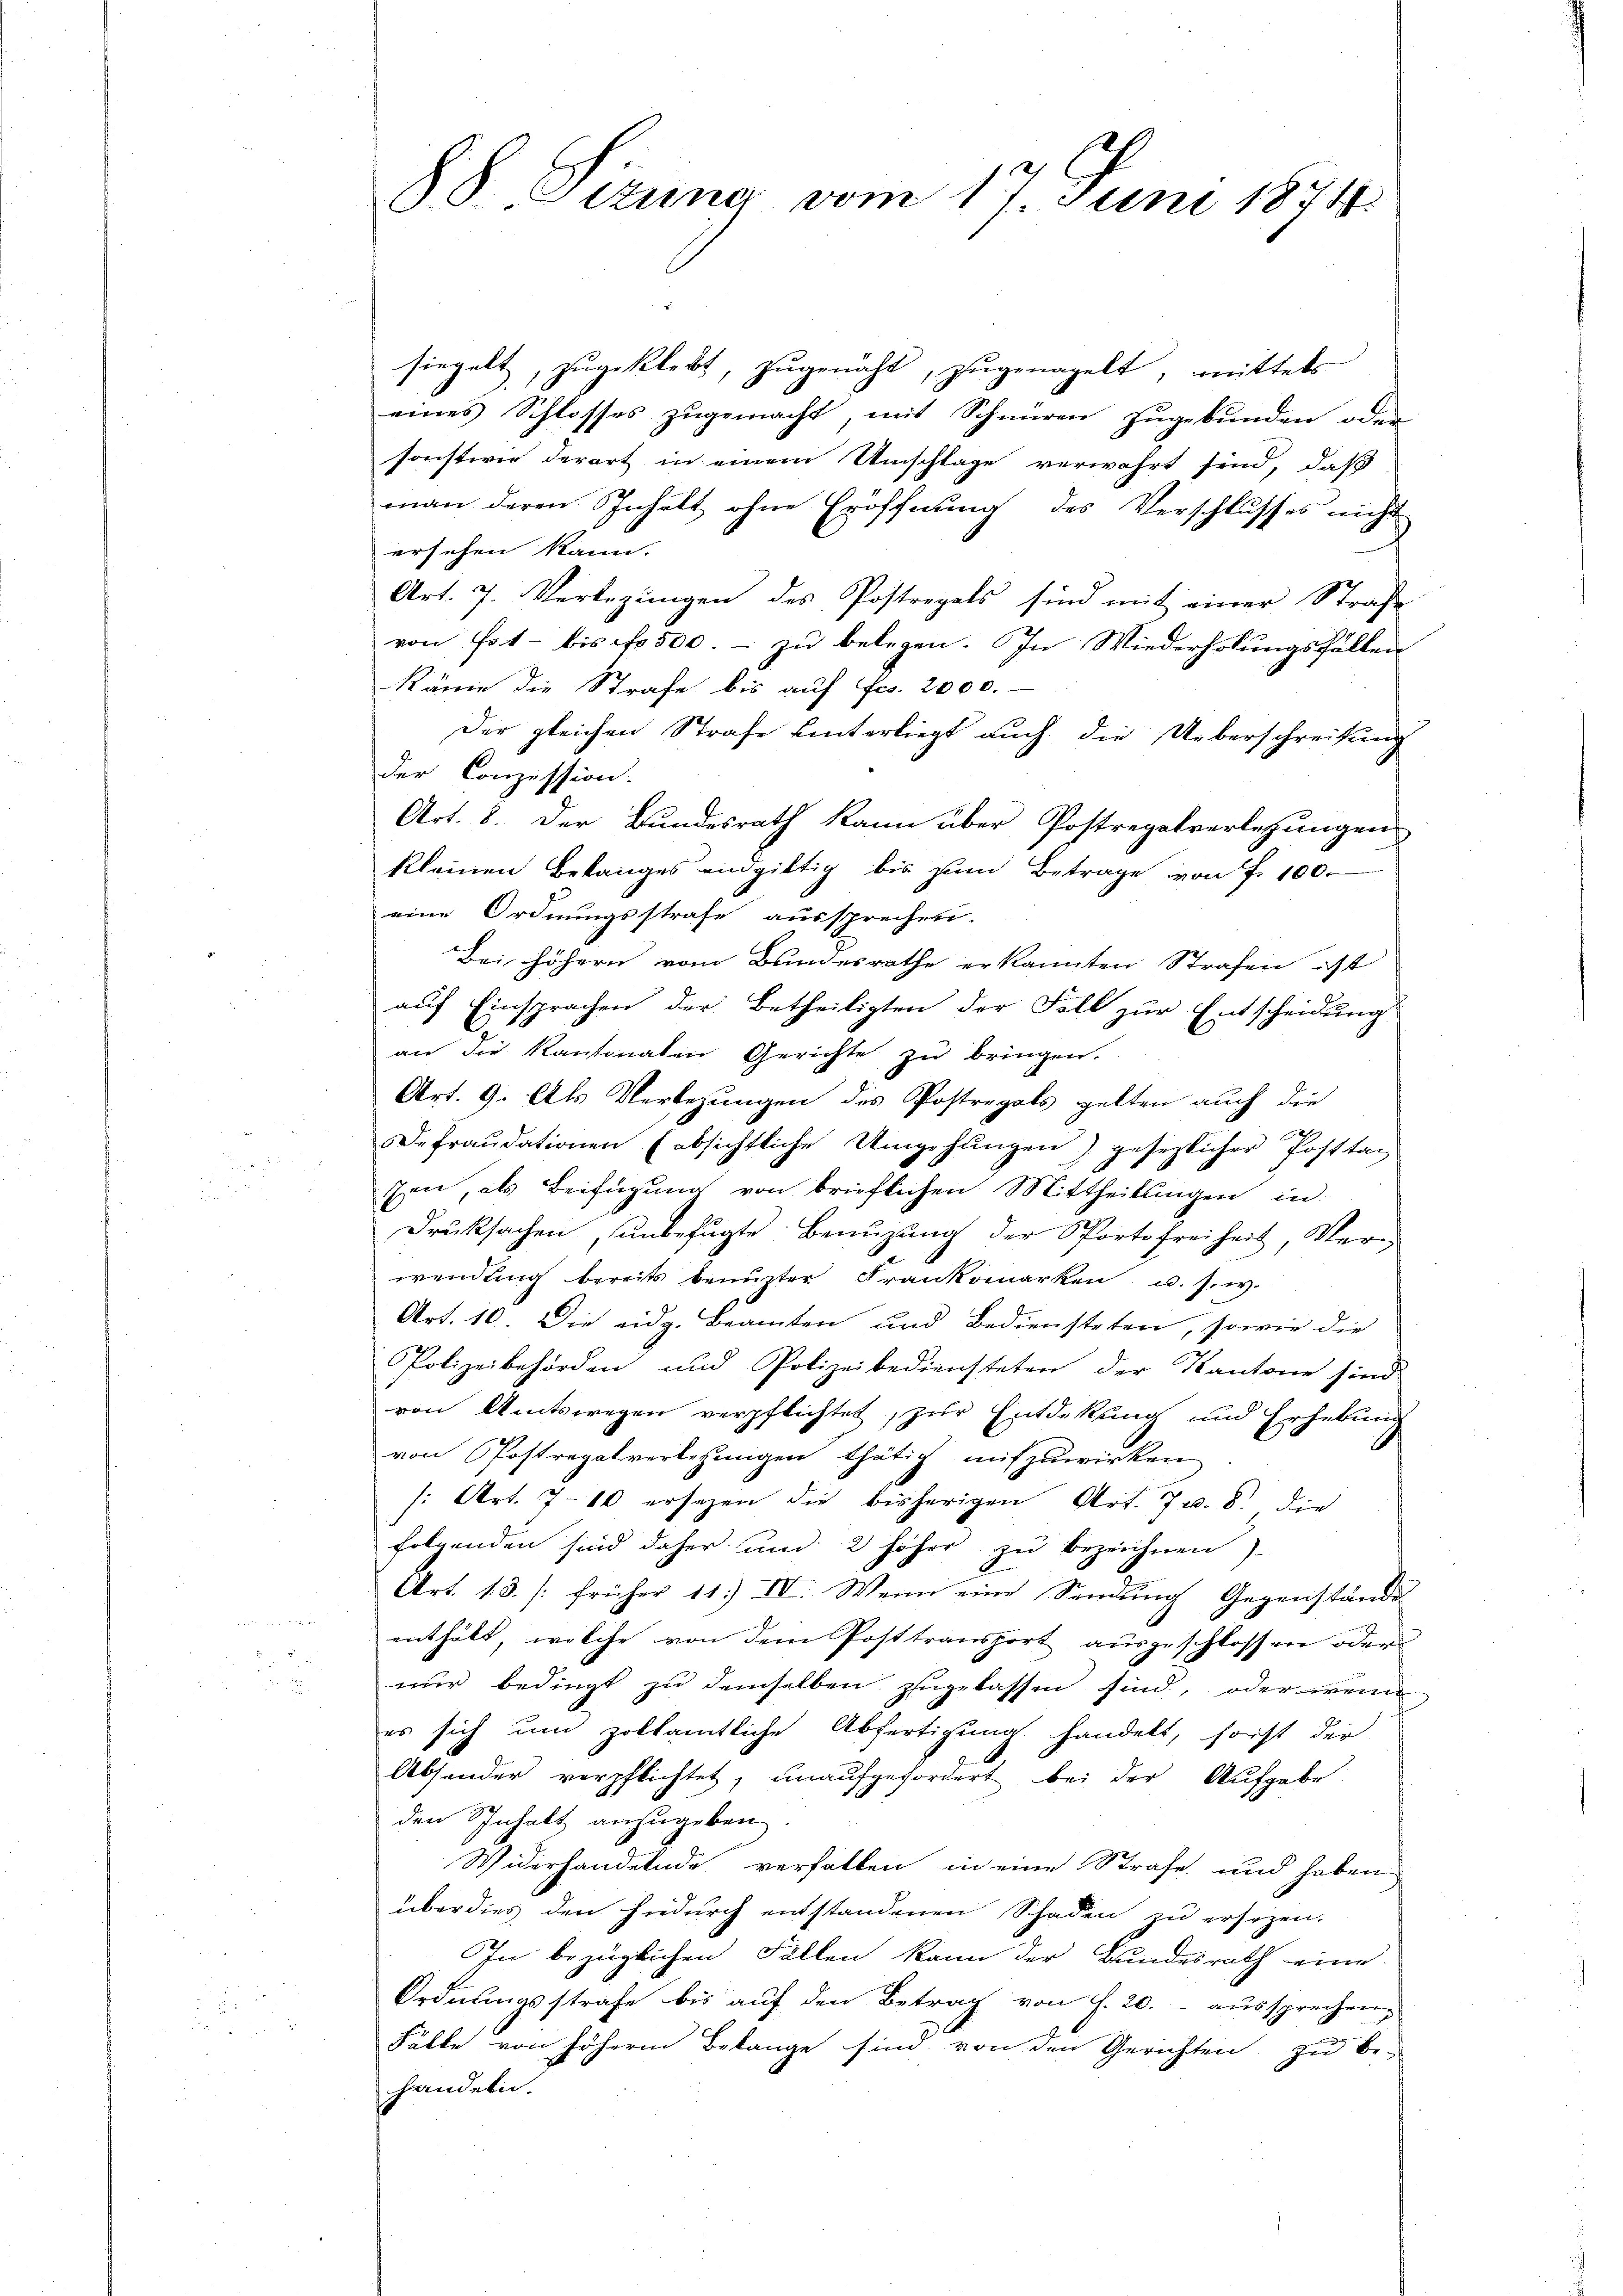
88 Sizung vom 17. Juni 1874.

siegelt, zugeklebt, zugenäht, zugenagelt, mittels
eines Schlosses zŭgemacht, mit Schnüren zugebunden oder
sonstwie derart in einem Umschlage verwahrt sind, daß
man deren Inhalt ohne Eröffnung des Verschlusses nicht
ersehen kann.
Art. 7. Verlegungen des Postregals sind mit einer Straße
von hat - bis f 500. - zu belegen. In Wiederholungsfällen
Räme die Strafe bis auf Frs. 2000.-
Der gleichen Strafe hinterliegt auch die Ueberschreitung
der Conzession.
Art. 8. Der Bundesrath kann über Postregalverlegungen
kleinen Belanges endgültig bis zum Betrage von f. 100.
eine Ordnungsstrafe aussprechen.
Bei höhern vom Bundesrathe erkannten Strafen ist
auf Einsprachen der Betheiligten der Fall zur Entscheidung
an die Kantonalen Gerichte zu bringen.
Art. 9. Ah Verbezungen des Postregals gelten auch die
Defraudationen (absichtliche Umgehŭngen) gesezlicher Posttag
zen, als Beifügung von brieflichen Mittheilungen in
Drucksachen, unbefugte Benuzung der Sportofreiheit, Verwendung bereits benuzter Frankomarken u. s. w.
Art. 10. Die eidg. Beamten und Bediensteten, sowie die
Polizeibehörden und Polizeibediensteten der Kantone sind.
von Amtswegen verpflichtet, zur Entdekung und Erhebung
von Postrepatverlesungen thätig mitzuwirken
s: Art. 710 ersezen die bisherigen Art. 7 v. 8. die
folgenden sind daher und 2 höher zu bezeichnen)
Art. 13. /: früher 11. IV. Wenn eine Sendung Gegenstände
enthält, welche von dem Posttransport ausgeschlossen oder
nur bedingt zu demselben zugelassen sind, oder wenn
es sich um zolkamtliche Abfertigung handelt, sonst der
Absonder verpflichtet, unaufgefordert bei der Aufgabe
den Inhalt anzugeben.
Widerhandelnde verfällen in eine Strafe und haben
über dies den hiedurch entstandenen Schaden zu ersezen.
In bezüglichen Fällen kann der Bundesrath eine
Ordnungsstrafe bis auf den Betrag von f. 20.- aussprechen,
Fälle von höhere Belange sind von den Gerichten zu be-
handeln.